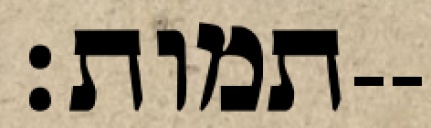
תמות׃--